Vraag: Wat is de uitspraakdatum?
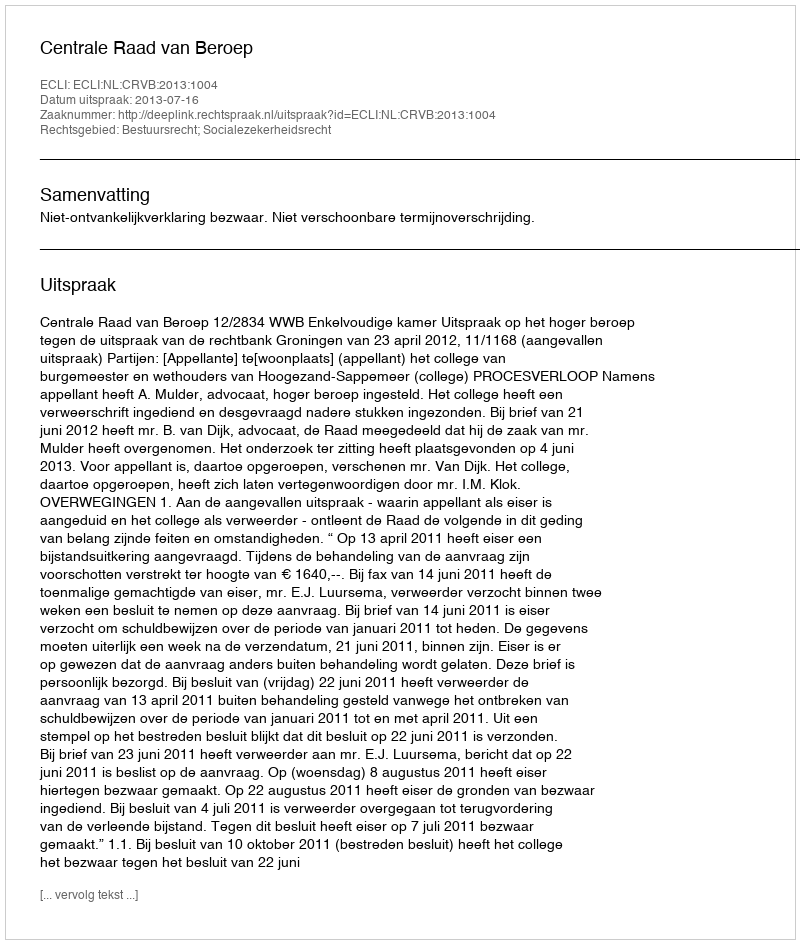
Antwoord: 2013-07-16